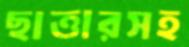
ছাত্তারসহ